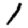
Digit: 1